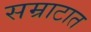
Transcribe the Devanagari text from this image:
सम्राटात